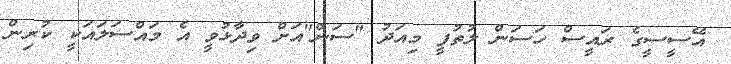
އޭސީސީގެ ރައީސް ހަސަން ލުތުފީ މިއަދު "ސަން"އަށް ވިދާޅުވީ އެ މައްސަލައަކީ ކުރިން